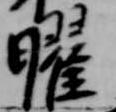
曜